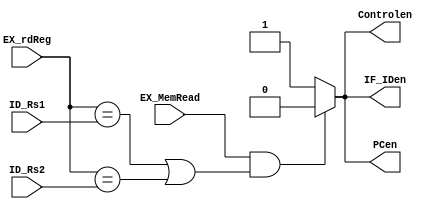
module HazardUnit (
	input            EX_MemRead,
	input      [4:0] ID_Rs1, ID_Rs2,
	input      [4:0] EX_rdReg  ,
	output reg       Controlen, PCen, IF_IDen
);
	always @(*) begin
		if(EX_MemRead == 1'b1 && (EX_rdReg == ID_Rs1 | EX_rdReg == ID_Rs2)) begin
			Controlen = 1'b0 ;
			PCen      = 1'b0 ;
			IF_IDen   = 1'b0 ;
		end
		else begin
			Controlen = 1'b1 ;
			PCen      = 1'b1 ;
			IF_IDen   = 1'b1 ;
		end
	end

endmodule